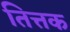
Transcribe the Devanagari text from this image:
तित्तक